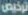
ترخيص